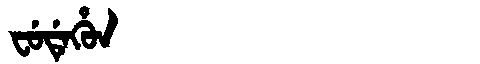
Manchu: ᠸᡠᡩᡝᡥᡠᠨ
Romanization: FUDEHUN